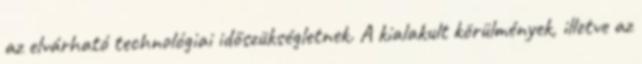
az elvárható technológiai időszükségletnek. A kialakult körülmények, illetve az